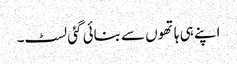
اپنے ہی ہاتھوں سے بنائی گئی لسٹ۔